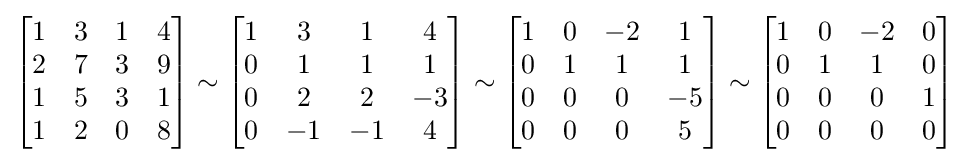
{\begin{bmatrix}1&3&1&4\\2&7&3&9\\1&5&3&1\\1&2&0&8\end{bmatrix}}\sim {\begin{bmatrix}1&3&1&4\\0&1&1&1\\0&2&2&-3\\0&-1&-1&4\end{bmatrix}}\sim {\begin{bmatrix}1&0&-2&1\\0&1&1&1\\0&0&0&-5\\0&0&0&5\end{bmatrix}}\sim {\begin{bmatrix}1&0&-2&0\\0&1&1&0\\0&0&0&1\\0&0&0&0\end{bmatrix}}